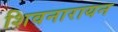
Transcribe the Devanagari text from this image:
शिवनारायन